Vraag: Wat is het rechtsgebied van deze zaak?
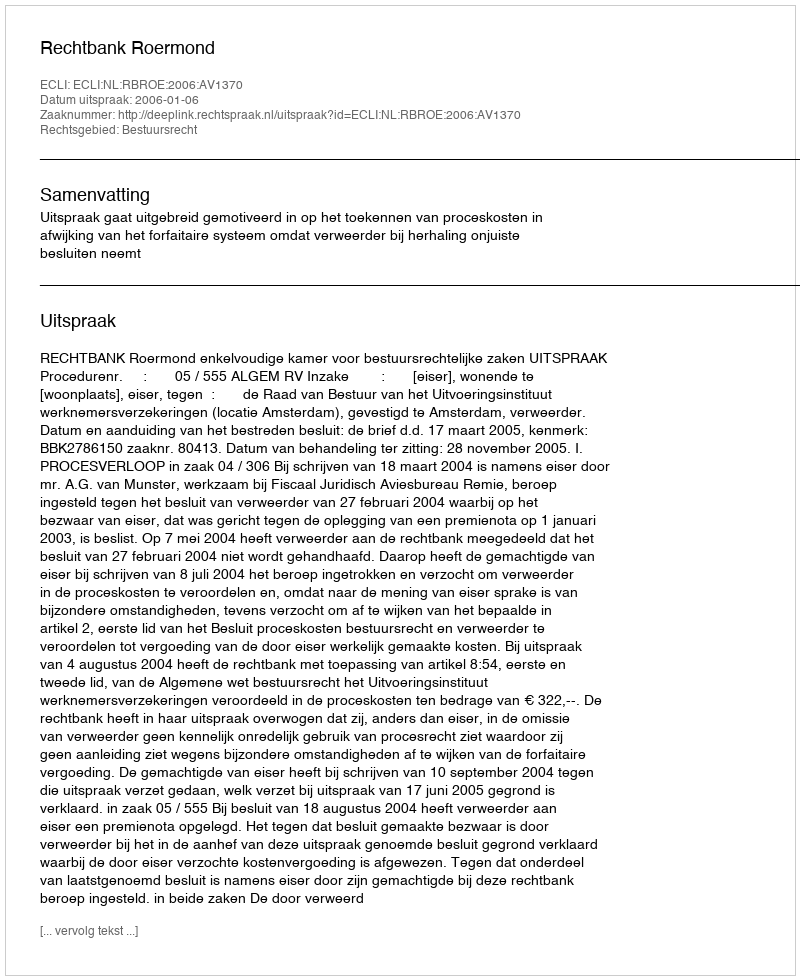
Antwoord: Bestuursrecht